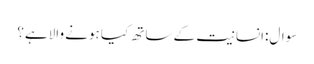
سوال:انسانیت کے ساتھ کیا ہونے والاہے؟